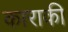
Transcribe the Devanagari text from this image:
काराकी